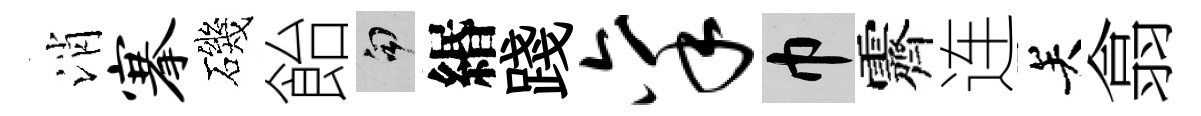
消搴磯飴句緡踐禀巾霽连关翕